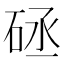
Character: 𥒡